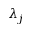
\lambda _ { j }